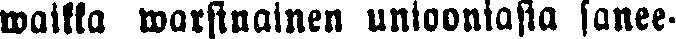
waikka warsinainen unioonlasia sanee-